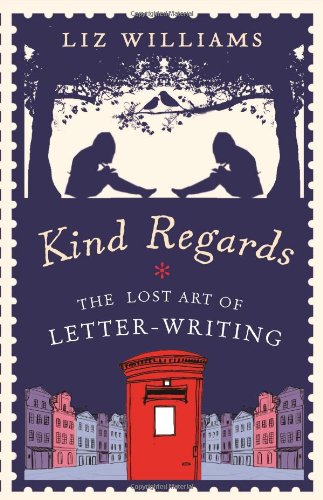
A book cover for Kind Regards: The Lost Art of Letter-Writing; Liz Williams; Reference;